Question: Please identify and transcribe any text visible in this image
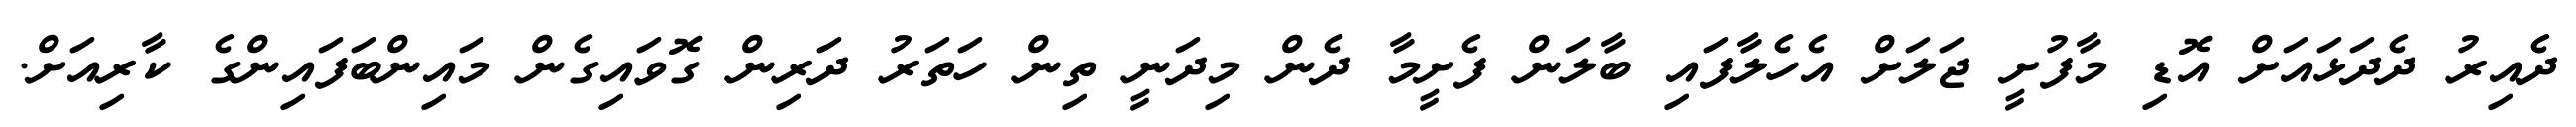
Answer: ދެއިރު ދެދަޅައަށް އޮޑި މާފުށީ ޖަލަށް އެހެލާފައި ބާލަން ފެށީމާ ދެން މިދަނީ ތިން ހަތަރު ދަރިން ގޮވައިގެން މައިންބަފައިންގެ ކާރިއަށް.